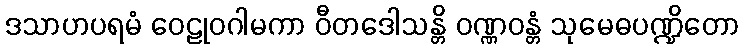
ဒသာဟပရမံ ဝေဠုဝဂါမကာ ဝီတဒေါသန္တိ ဝဏ္ဏဝန္တံ သုမေဓပဏ္ဍိတော